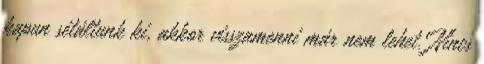
kapun sétáltunk ki, akkor visszamenni már nem lehet. Nincs